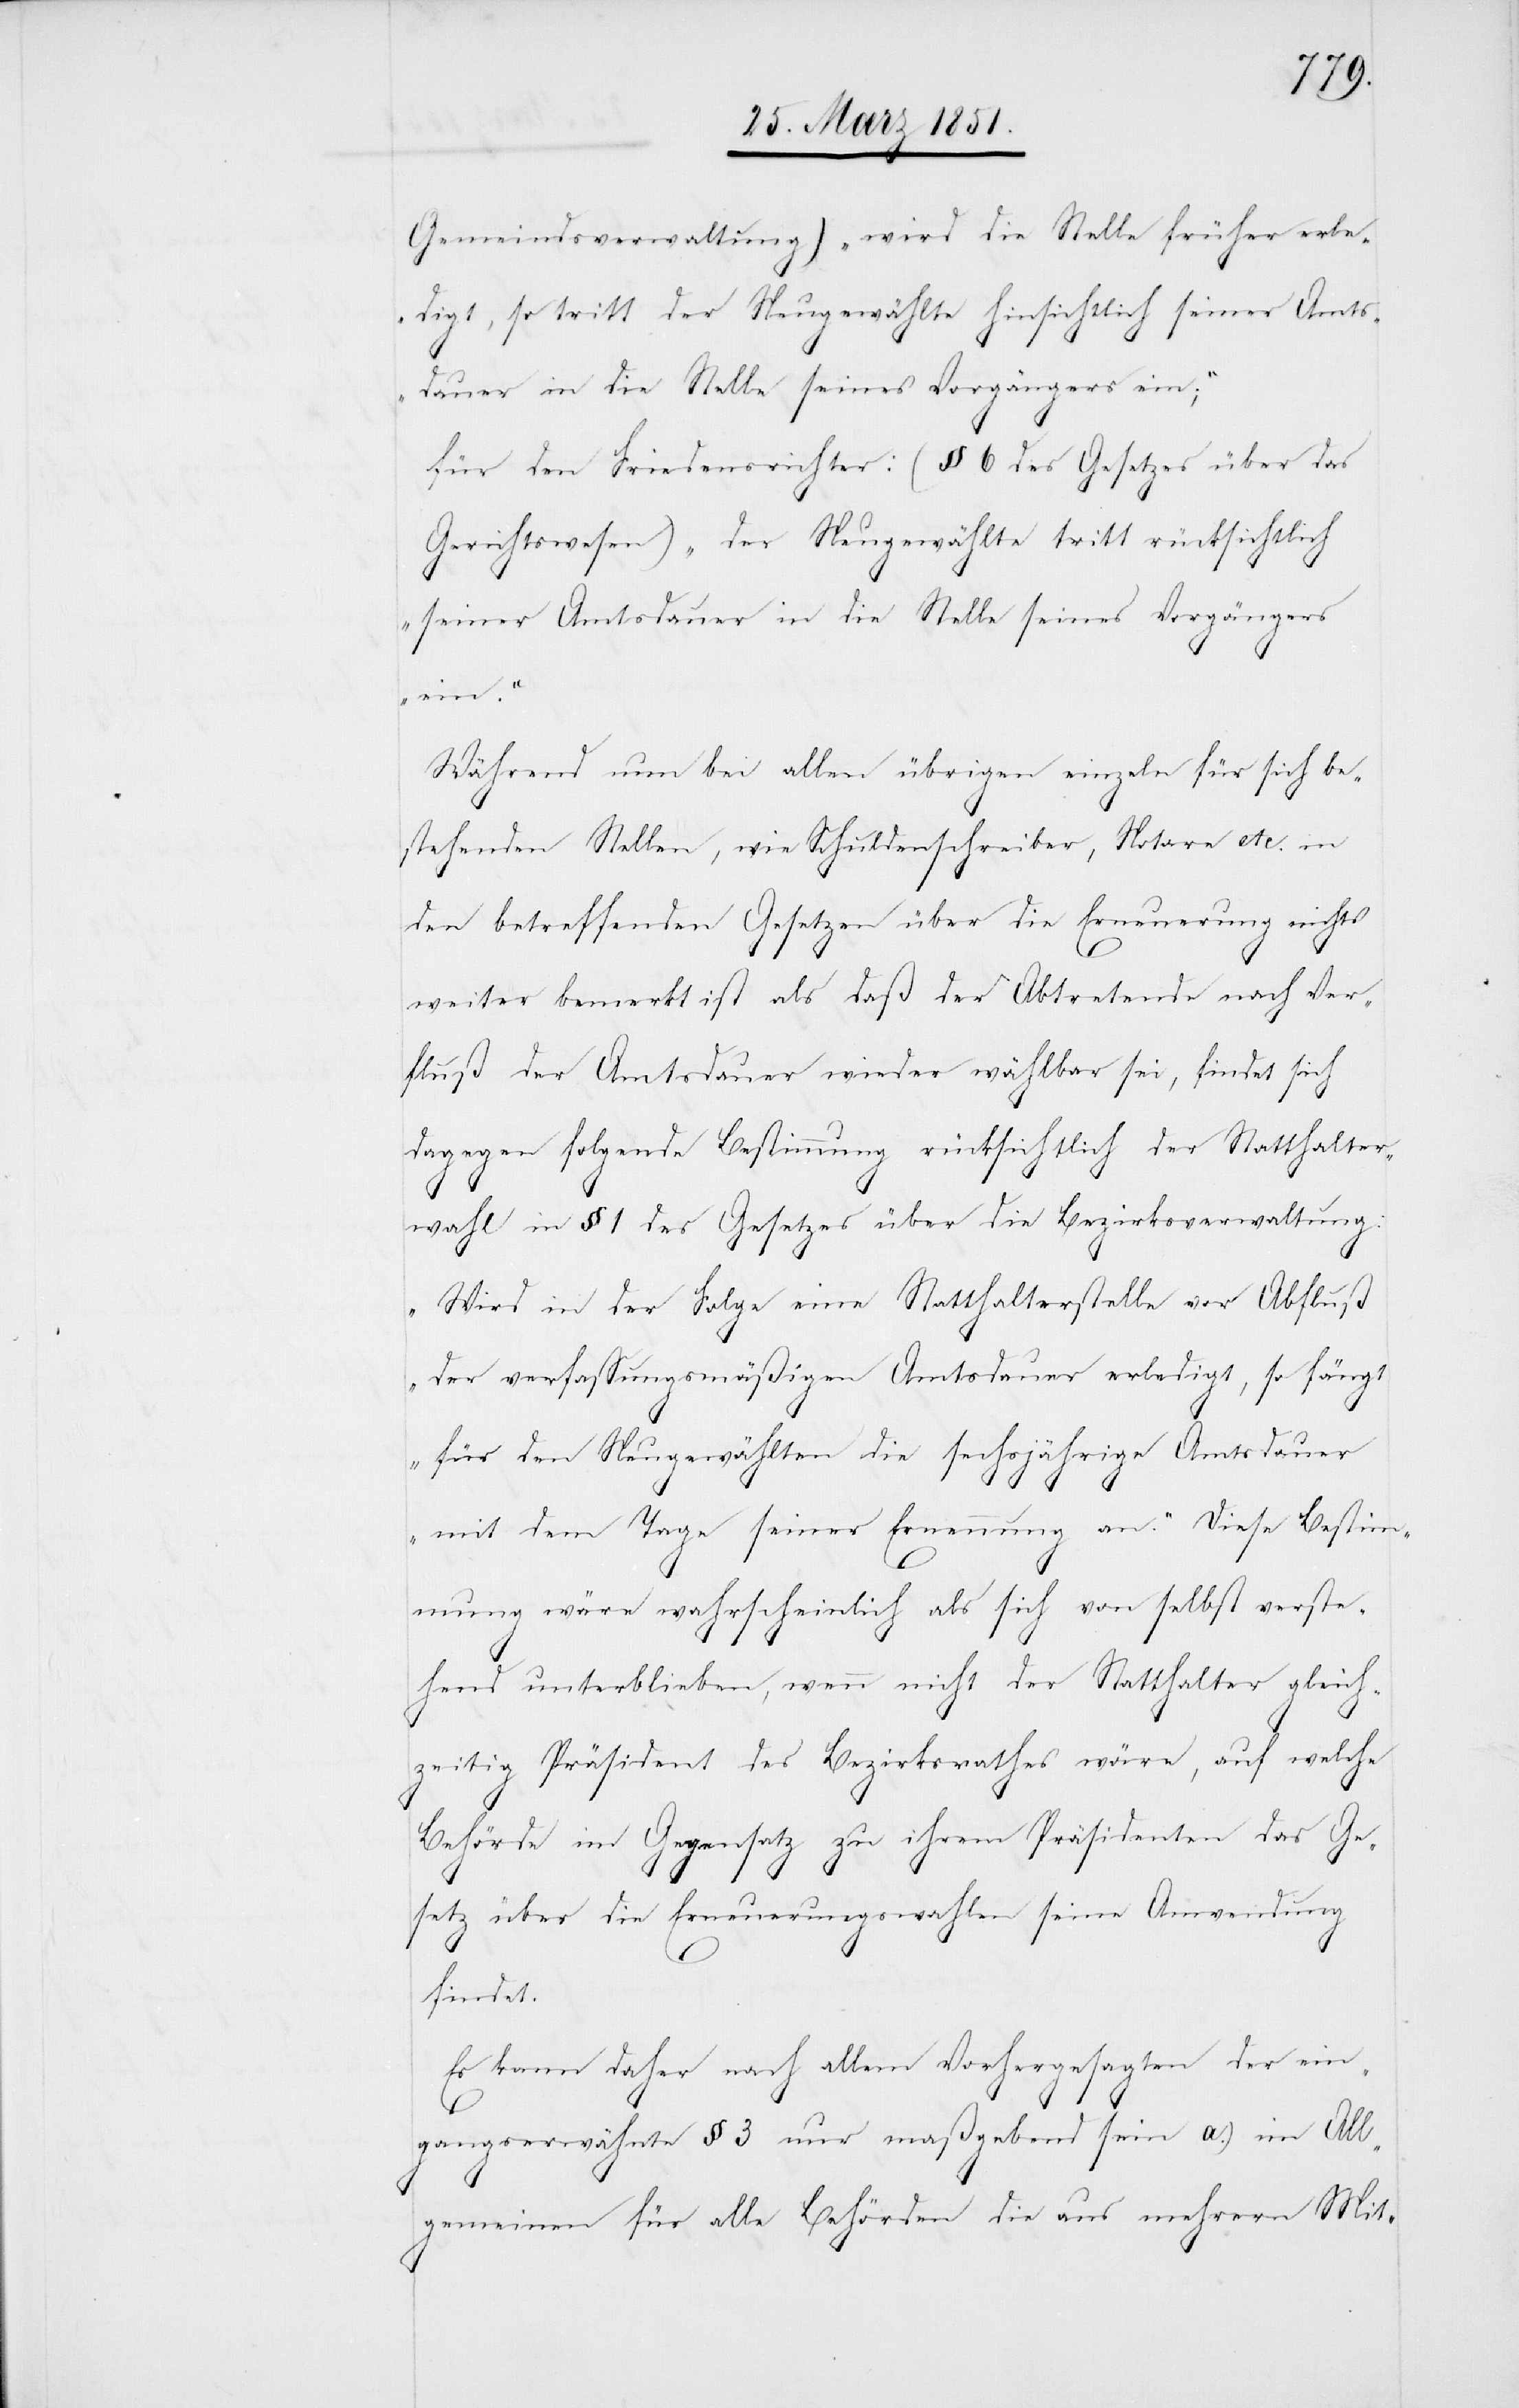
Gemeindsverwaltung) „wird die Stelle früher erle¬
digt, so tritt der Neugewählte hinsichtlich seiner Amts¬
dauer in die Stelle seines Vorgängers ein;“
für den Friedensrichter: (§ 6 des Gesetzes über das
Gerichtswesen) „der Neugewählte tritt rücksichtlich
seiner Amtsdauer in die Stelle seines Vorgängers
ein.“
Während nun bei allen übrigen einzeln für sich be¬
stehenden Stellen, wie Schuldenschreiber, Notare etc. in
den betreffenden Gesetzen über die Erneuerung nichts
weiter bemerkt ist als daß der Abtretende nach Ver¬
fluß der Amtsdauer wieder wählbar sei, findet sich
dagegen folgende Bestimmung rücksichtlich der Statthalter¬
wahl in § 1 des Gesetzes über die Bezirksverwaltung:
„Wird in der Folge eine Statthalterstelle vor Abfluß
der verfassungsmäßigen Amtsdauer erledigt, so fängt
für den Neugewählten die sechsjährige Amtsdauer
mit dem Tage seiner Ernennung an.“ Diese Bestim¬
mung wäre wahrscheinlich als sich von selbst verste¬
hend unterblieben, wenn nicht der Statthalter gleich¬
zeitig Präsident des Bezirksrathes wäre, auf welche
Behörde im Gegensatz zu ihrem Präsidenten das Ge¬
setz über die Erneuerungswahlen seine Anwendung
findet.
Es kann daher nach allem Vorhergesagten der ein¬
gangserwähnte § 3 nur maßgebend sein a.) im All¬
gemeinen für alle Behörden die aus mehrern Mit-